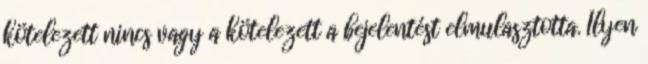
kötelezett nincs vagy a kötelezett a bejelentést elmulasztotta. Ilyen